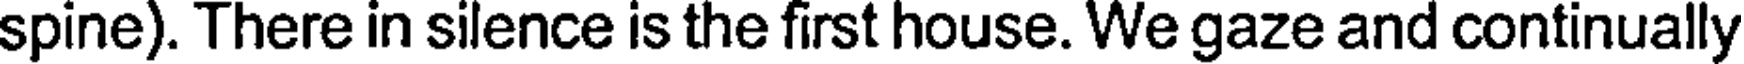
spine). There in silence is the first house. We gaze and continually